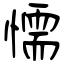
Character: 懦